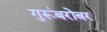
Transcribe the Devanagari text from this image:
गुरूंबरोबर